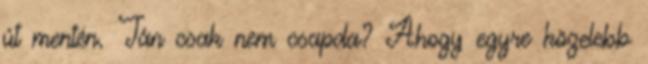
út mentén. Tán csak nem csapda? Ahogy egyre közelebb